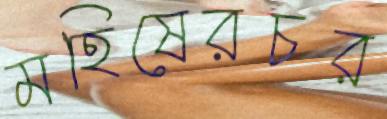
মহিষেরচর